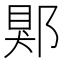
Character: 郹